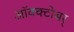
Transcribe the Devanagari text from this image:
ऑक्क्टोबर्